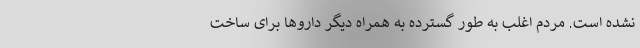
نشده است. مردم اغلب به طور گسترده به همراه دیگر داروها برای ساخت